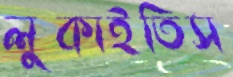
লুকাইতিস